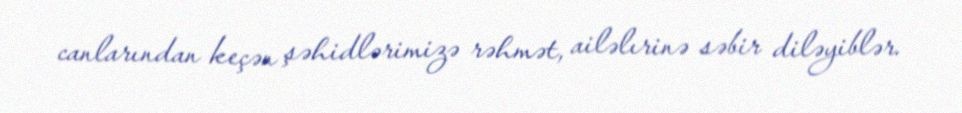
canlarından keçən şəhidlərimizə rəhmət, ailəlırinə səbir diləyiblər.